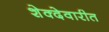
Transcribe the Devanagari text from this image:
शेक्देवारीत